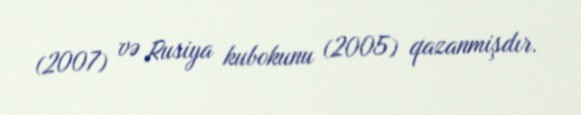
(2007) və Rusiya kubokunu (2005) qazanmişdır.